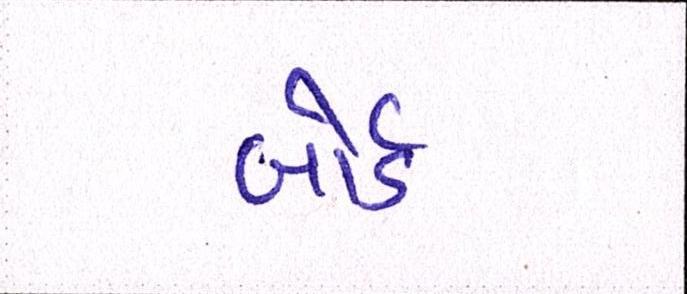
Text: બોર્ડ